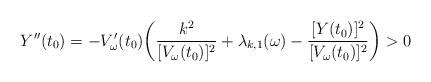
LaTeX: \begin{align*}Y''(t_0)= -V_\omega'(t_0) \bigg( \frac{k^2}{[V_\omega(t_0)]^2}+\lambda_{k,1}(\omega) - \frac{[Y(t_0)]^2}{[V_\omega(t_0)]^2} \bigg) > 0\end{align*}